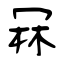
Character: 冧